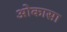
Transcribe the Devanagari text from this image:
ओकासा